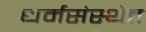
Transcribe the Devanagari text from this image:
धर्मसंस्थेत